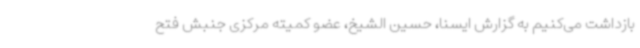
بازداشت می‌کنیم به گزارش ایسنا، حسین الشیخ، عضو کمیته مرکزی جنبش فتح